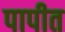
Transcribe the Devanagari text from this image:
पापीत